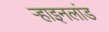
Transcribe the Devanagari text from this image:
ऱ्हाइनलांड